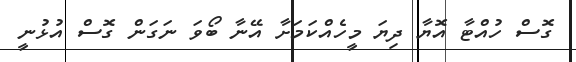
ގޮސް ހުއްޓާ އޮޔާ ދިޔަ މީހެއްކަމަށާ އޭނާ ބޯވަ ނަގަން ގޮސް އުޅުނީ